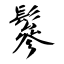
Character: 鬖